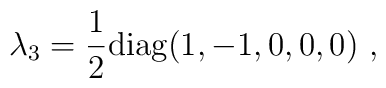
\lambda_3=\frac{1}{2} {\rm diag}(1,-1,0,0,0) \ ,